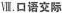
Ⅶ.口语交际